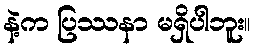
နဲ့က ပြဿနာ မရှိပါဘူး။